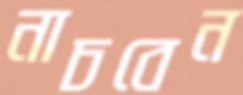
নাচবেন